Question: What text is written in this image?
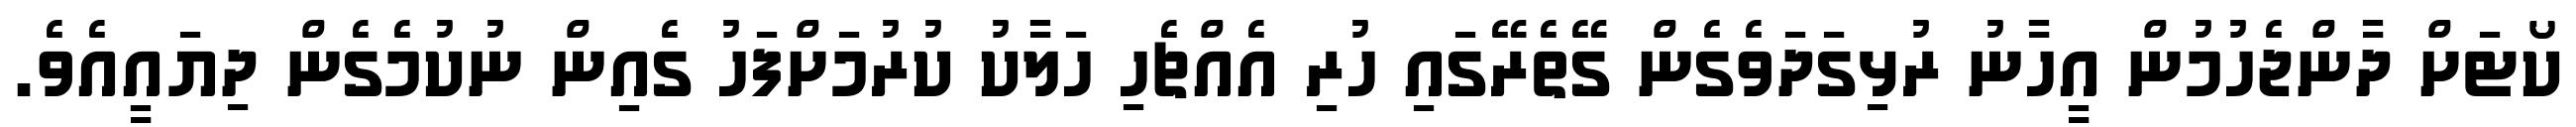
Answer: ކޯޓަށް ދާންޖެހުމުން އީހާނު ރުޅިގަދަވެގެން ގޭތެރޭގައި ހުރި އެއްޗެހި ހަލާކު ކުރުމަށްފަހު ގެއިން ނުކުމެގެން ދިޔައީއެވެ.